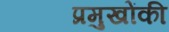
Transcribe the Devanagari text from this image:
प्रमुखोंकी